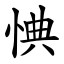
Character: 㥏